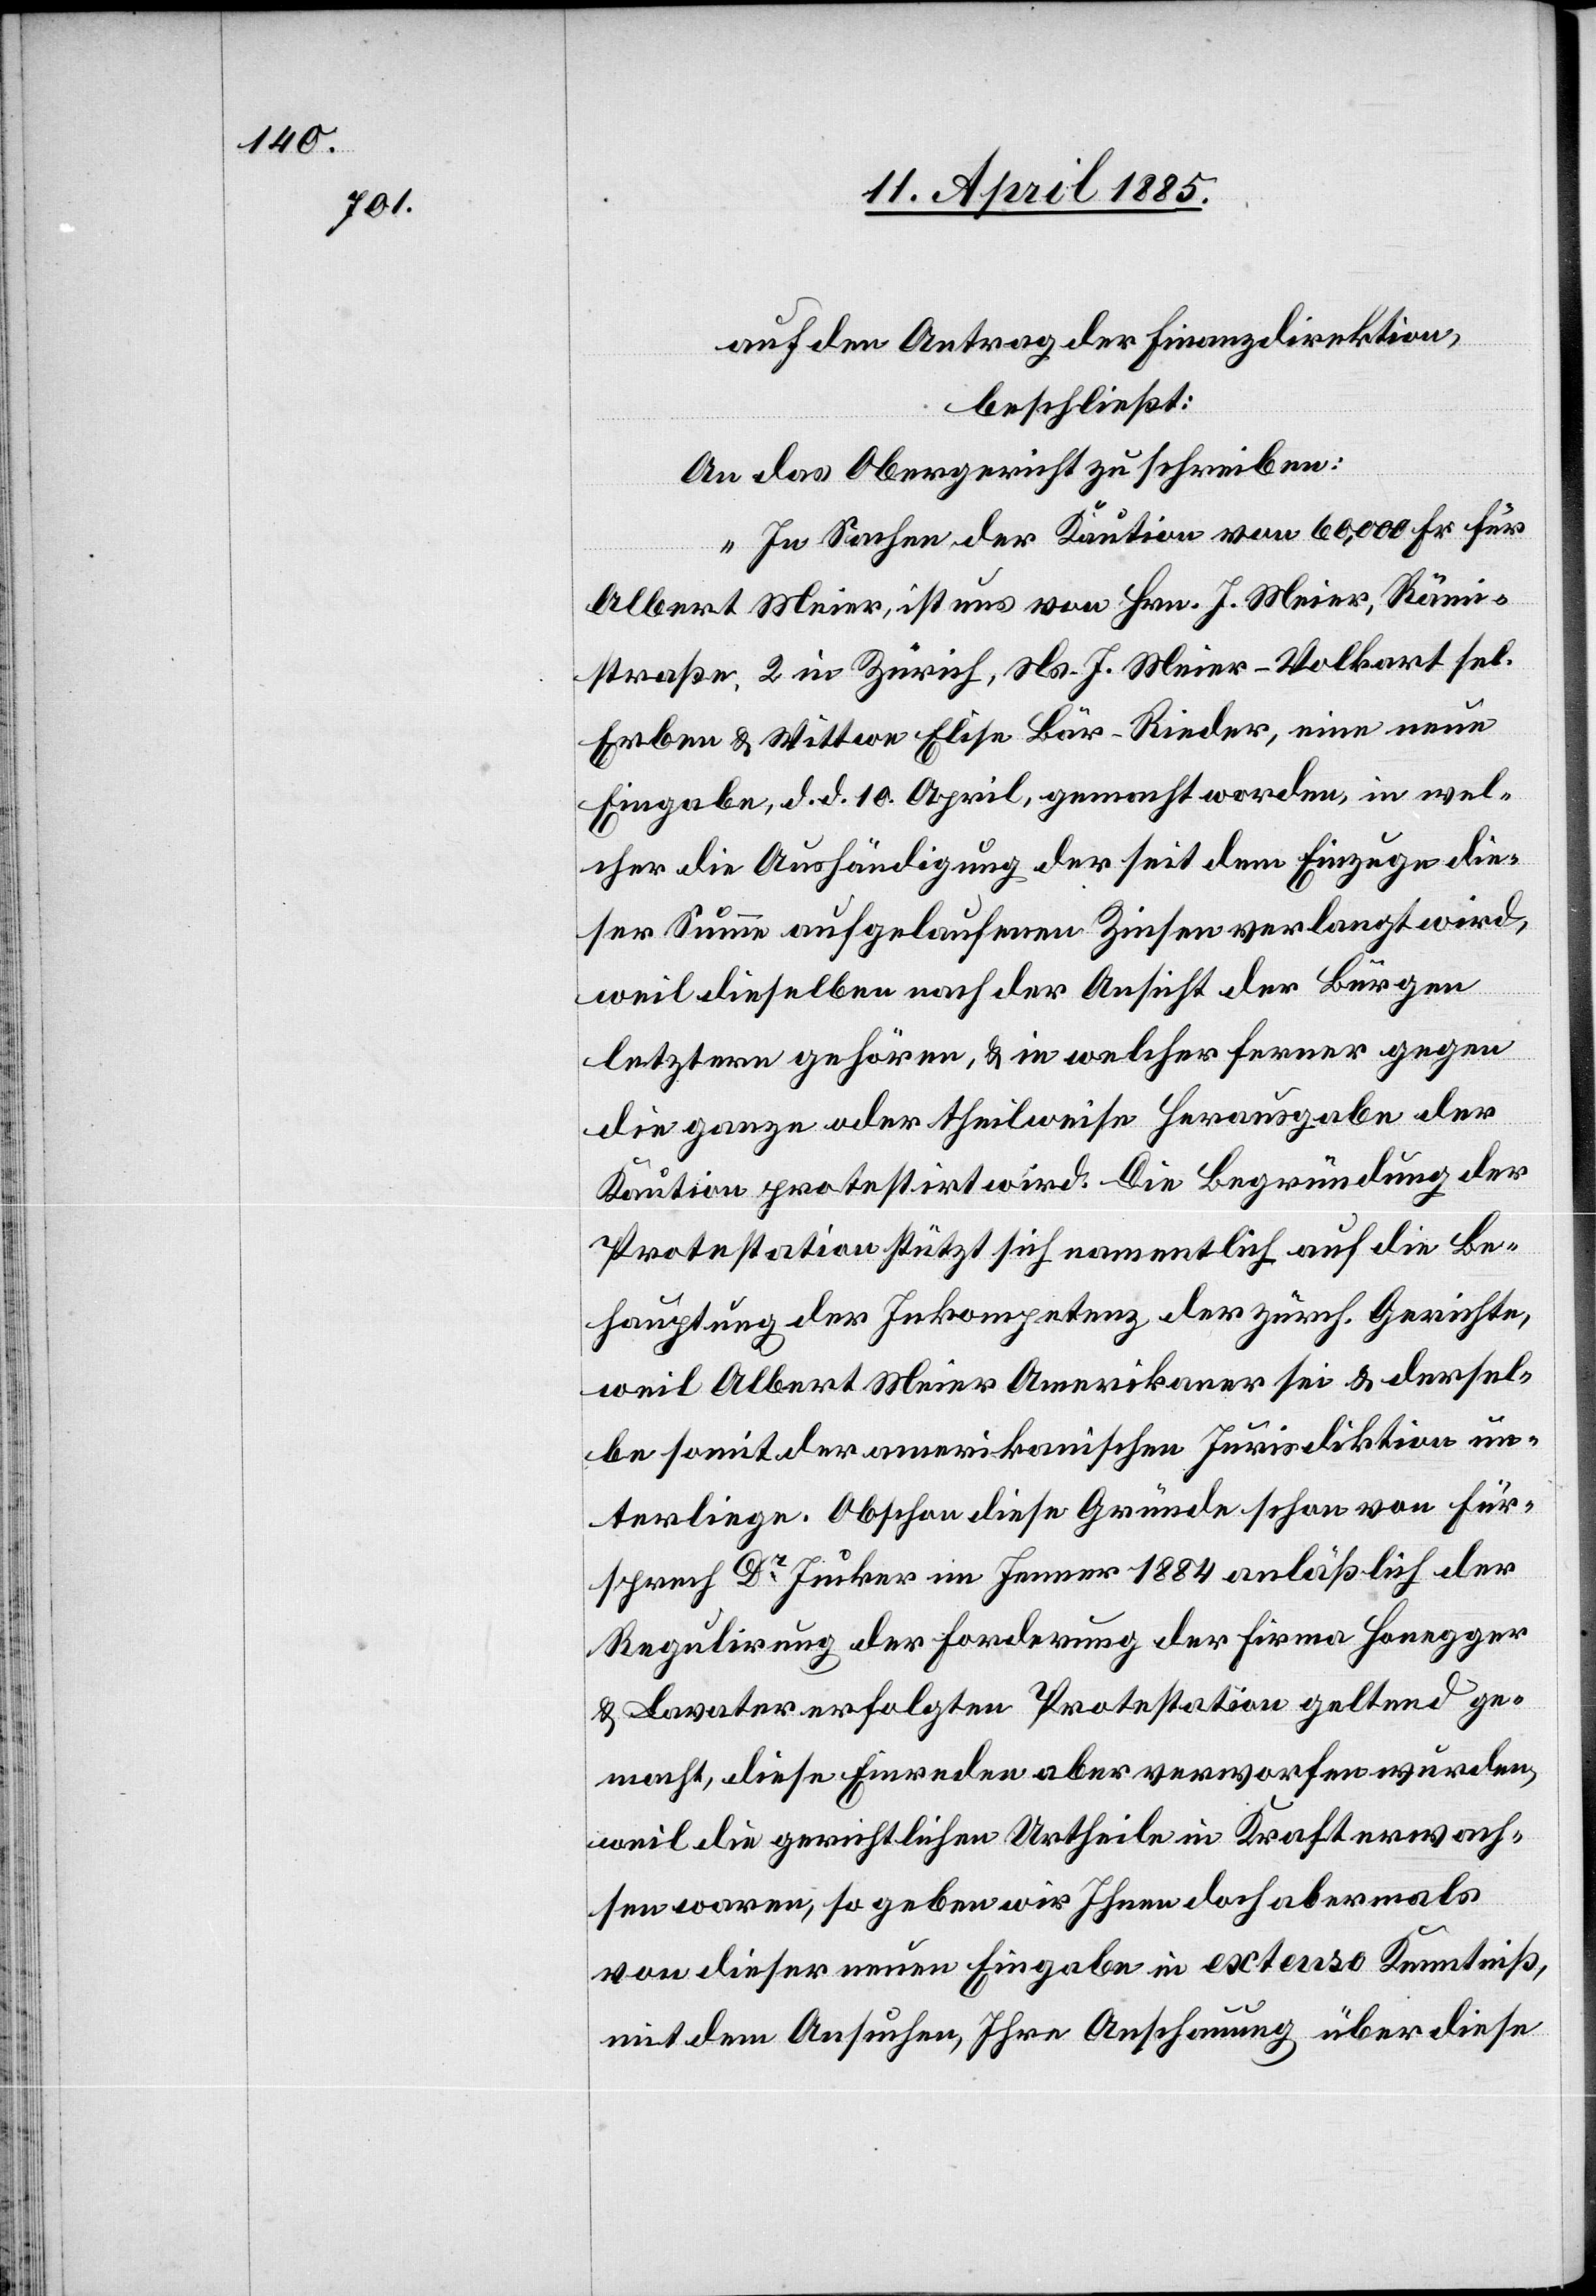
auf den Antrag der Finanzdirektion,
beschließt:
An das Obergericht zu schreiben:
„In Sachen der Kaution von 60,000 Fr. für
Albert Meier, ist uns von Hrn. J. Meier, Rämi¬
straße, 2 in Zürich, Ns. J. Meier-Volkart sel.
Erben & Wittwe Elise Bär-Rieder, eine neue
Eingabe, d. d. 10. April, gemacht worden, in wel¬
cher die Aushändigung der seit dem Einzuge die¬
ser Summe aufgelaufenen Zinsen verlangt wird,
weil dieselben nach der Ansicht der Bürgen
letztern gehören, & in welcher ferner gegen
die ganze oder theilweise Herausgabe der
Kaution protestirt wird. Die Begründung der
Protestation stützt sich namentlich auf die Be¬
hauptung der Inkompetenz der zürch. Gerichte,
weil Albert Meier Amerikaner sei & dersel¬
be somit der amerikanischen Jurisdiktion un¬
terliege. Obschon diese Gründe schon von Für¬
sprech Dr Jucker im Jenner 1884 anläßlich der
Regulirung der Forderung der Firma Honegger
& Lavater erfolgten Protestation geltend ge¬
macht, diese Einreden aber verworfen wurden,
weil die gerichtlichen Urtheile in Kraft erwach¬
sen waren, so geben wir Ihnen doch abermals
von dieser neuen Eingabe in extenso Kenntniß,
mit dem Ansuchen, Ihre Anschauung über diese